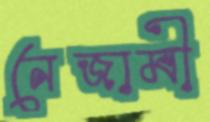
নেজামী